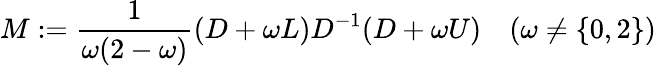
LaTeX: M:={\frac{1}{\omega(2-\omega)}}(D+\omega L)D^{-1}(D+\omega U)\quad(\omega\neq\{ 0,2\} )